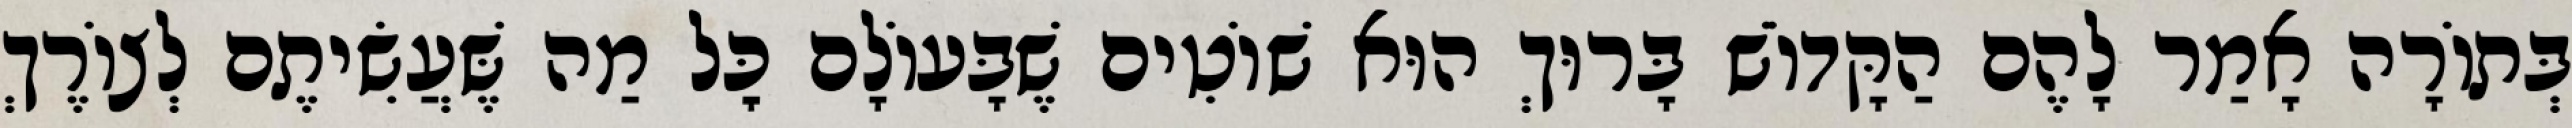
בְּתוֹרָה אָמַר לָהֶם הַקָּדוֹשׁ בָּרוּךְ הוּא שׁוֹטִים שֶׁבָּעוֹלָם כׇּל מַה שֶּׁעֲשִׂיתֶם לְצוֹרֶךְ